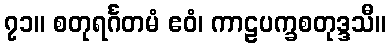
၇၁။ စတုရင်္ဂတမံ ဧဝံ၊ ကာဠပက္ခစတုဒ္ဒသီ။